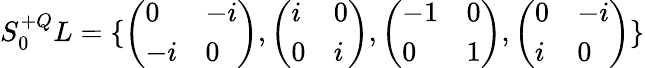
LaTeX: S_{0}^{+Q}L=\{ \left(\begin{array}{ll}{{0}}&{{-i}}\\ {{-i}}&{{0}}\end{array}\right),\left(\begin{array}{ll}{{i}}&{{0}}\\ {{0}}&{{i}}\end{array}\right),\left(\begin{array}{ll}{{-1}}&{{0}}\\ {{0}}&{{1}}\end{array}\right),\left(\begin{array}{ll}{{0}}&{{-i}}\\ {{i}}&{{0}}\end{array}\right)\}